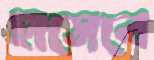
হাসেবে